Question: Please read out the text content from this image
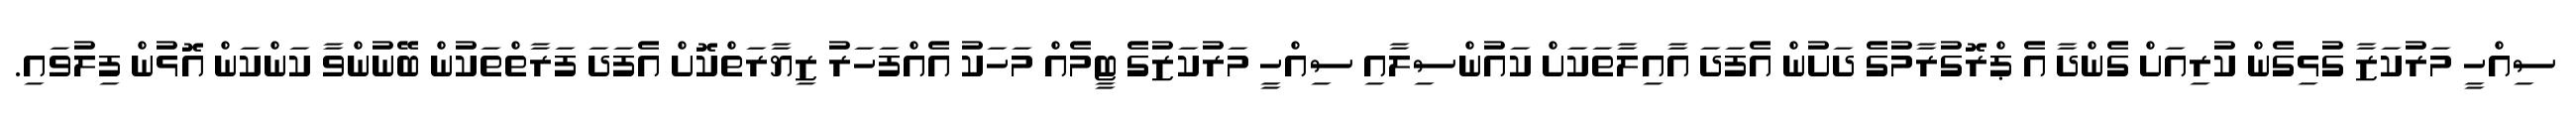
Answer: ސިއްހީ މަރުކަޒާ ގުޅިގެން ކުރިއަށް ގެންދާ އެ ޕްރޮގުރާމުގެ ދަށުން އެފަދަ އާއިލާތަކަށް ކައުންސިލާއި ސިއްހީ މަރުކަޒުގެ ޓީމެއް މަހަކު އެއްފަހަރު ޒިޔާރަތްކޮށް އެފަދަ ފަރާތްތަކުން ބޭނުންވާ ކަންކަން އޮޅުން ފިލުވައި.